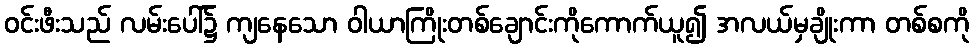
ဝင်းဖီးသည် လမ်းပေါ်၌ ကျနေသော ဝါယာကြိုးတစ်ချောင်းကိုကောက်ယူ၍ အလယ်မှချိုးကာ တစ်စကို